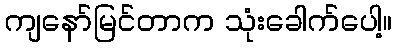
ကျနော်မြင်တာက သုံးခေါက်ပေါ့။